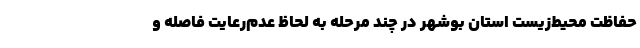
حفاظت محیط‌زیست استان بوشهر در چند مرحله به لحاظ عدم‌رعایت فاصله و